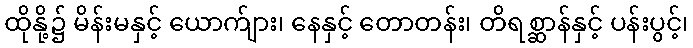
ထိုနို့၌ မိန်းမနှင့် ယောက်ျား၊ နေနှင့် တောတန်း၊ တိရစ္ဆာန်နှင့် ပန်းပွင့်၊